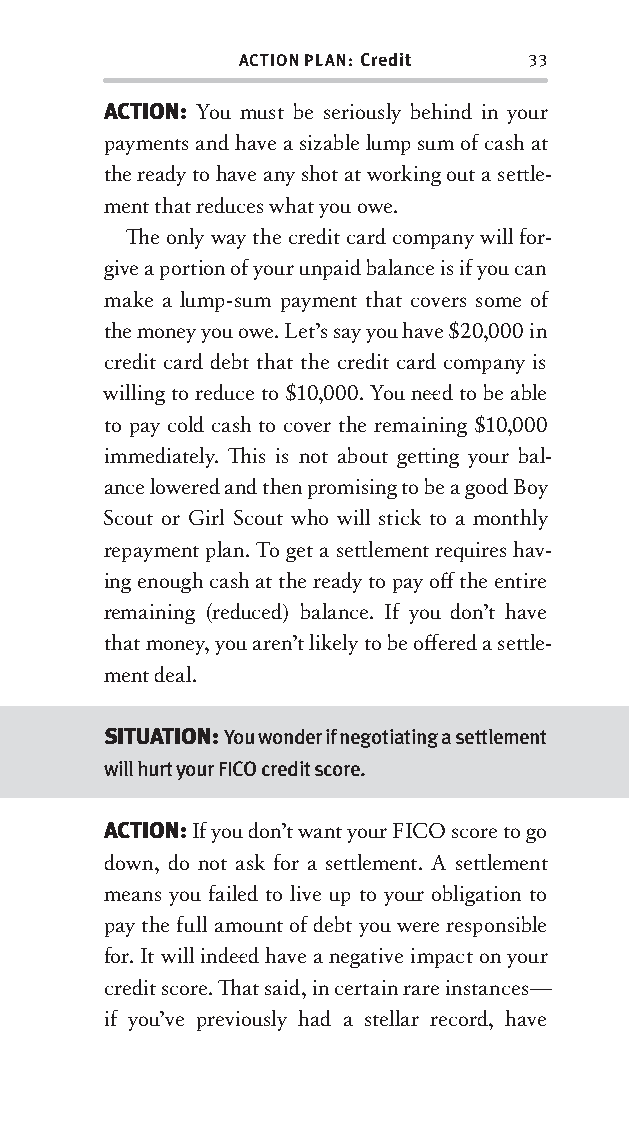
ACTION PLAN: Credit 33
 ACTION: You must be seriously behind in your
 payments and have a sizable lump sum of cash at
 the ready to have any shot at working out a sett le-
 ment that reduces what you owe.
 Th e only way the credit card company will for-
 give a portion of your unpaid balance is if you can
 make a lump-sum payment that covers some of
 the money you owe. Let’s say you have $20,000 in
 credit card debt that the credit card company is
 willing to reduce to $10,000. You nee d to be able
 to pay cold cash to cover the remaining $10,000
 immediately. Th is is not about gett ing your bal-
 ance lowered and then promising to be a good Boy
 Scout or Girl Scout who will stick to a monthly
 repayment plan. To get a sett lement requires hav-
 ing enough cash at the ready to pay off the entire
 remaining (reduced) balance. If you don’t have
 that money, you aren’t likely to be off ered a sett le-
 ment deal.
 SITUATION: You wonder if negotiating a settlement
 will hurt your FICO credit score.
 ACTION: If you don’t want your FICO score to go
 down, do not ask for a sett lement. A sett lement
 means you failed to live up to your obligation to
 pay the full amount of debt you were responsible
 for. It will indee d have a negative impact on your
 credit score. Th at said, in certain rare instances—
 if you’ve previously had a stellar record, have
 OOrrmmaa__99778800338855553300993344__44pp__aallll__rr11..iinndddd 3333 1122//33//0088 99::3311::0033 AAMM